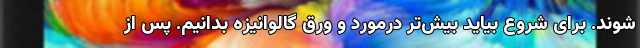
‌شوند. برای شروع بیاید بیش‌تر درمورد و ورق گالوانیزه بدانیم. پس از